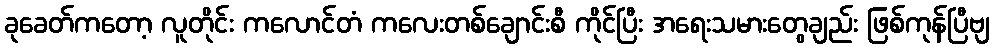
ခုခေတ်ကတော့ လူတိုင်း ကလောင်တံ ကလေးတစ်ချောင်းစီ ကိုင်ပြီး အရေးသမားတွေချည်း ဖြစ်ကုန်ပြီဗျ